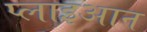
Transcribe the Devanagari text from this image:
प्लाइआन